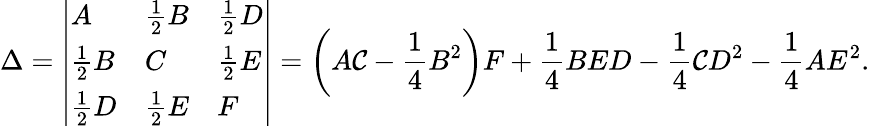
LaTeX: \Delta={\left|\begin{array}{lll}{A}&{{\frac{1}{2}}B}&{{\frac{1}{2}}D}\\ {{\frac{1}{2}}B}&{C}&{{\frac{1}{2}}E}\\ {{\frac{1}{2}}D}&{{\frac{1}{2}}E}&{F}\end{array}\right|}=\left(A\mathcal{C}-{\frac{{1}}{{4}}}B^{2}\right)F+{\frac{{1}}{{4}}}BED-{\frac{{1}}{{4}}}\mathcal{C}D^{2}-{\frac{{1}}{{4}}}AE^{2}.